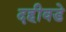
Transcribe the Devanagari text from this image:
दहीवडे